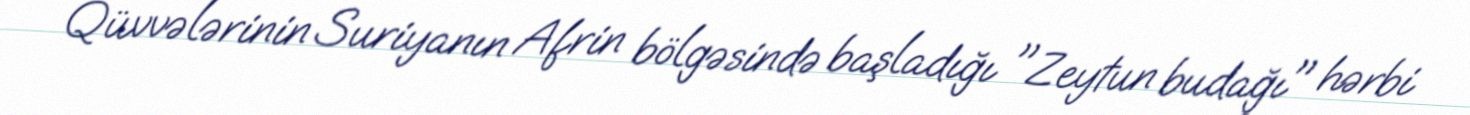
Qüvvələrinin Suriyanın Afrin bölgəsində başladığı "Zeytun budağı" hərbi